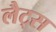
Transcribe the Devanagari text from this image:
लैट्स